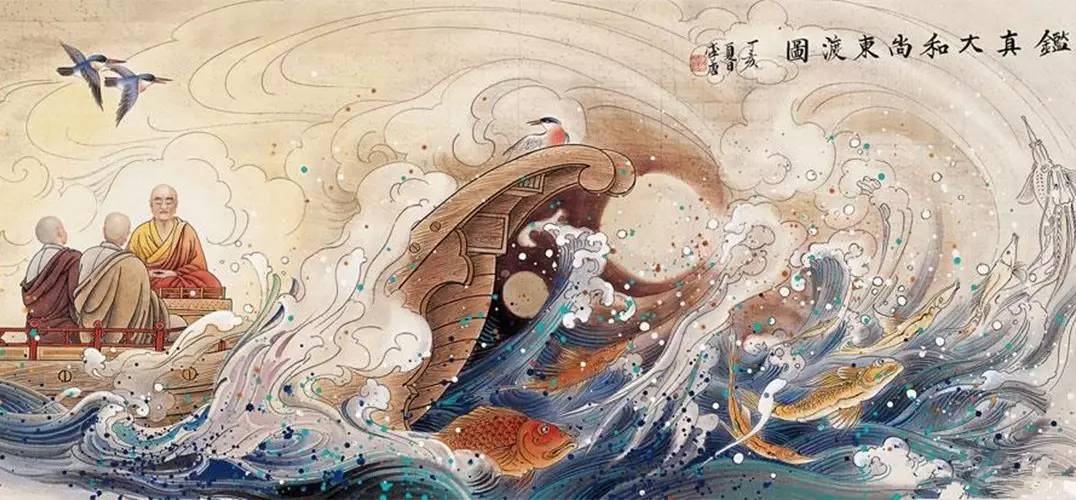
臣心一片磁针石，不指南方不肯休。